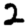
Digit: 2